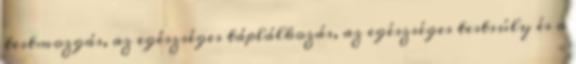
testmozgás, az egészséges táplálkozás, az egészséges testsúly és a